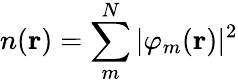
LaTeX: n(\textbf{r})=\sum_{m}^{N}|\varphi_{m}(\textbf{r})|^{2}